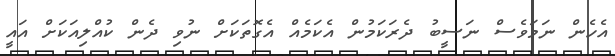
އެހެން ނަަމަވެސް ނަސީބު ދެރަކަމުން އެކަމެއް އެގޮތަކަށް ނުވި ދެން ކުއްލިއަކަށް އައީ